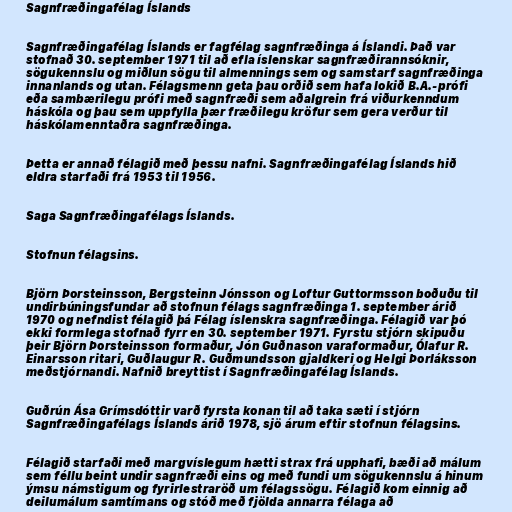
Sagnfræðingafélag Íslands

Sagnfræðingafélag Íslands er fagfélag sagnfræðinga á Íslandi. Það var
stofnað 30. september 1971 til að efla íslenskar sagnfræðirannsóknir,
sögukennslu og miðlun sögu til almennings sem og samstarf sagnfræðinga
innanlands og utan. Félagsmenn geta þau orðið sem hafa lokið B.A.-prófi
eða sambærilegu prófi með sagnfræði sem aðalgrein frá viðurkenndum
háskóla og þau sem uppfylla þær fræðilegu kröfur sem gera verður til
háskólamenntaðra sagnfræðinga.

Þetta er annað félagið með þessu nafni. Sagnfræðingafélag Íslands hið
eldra starfaði frá 1953 til 1956.

Saga Sagnfræðingafélags Íslands.

Stofnun félagsins.

Björn Þorsteinsson, Bergsteinn Jónsson og Loftur Guttormsson boðuðu til
undirbúningsfundar að stofnun félags sagnfræðinga 1. september árið
1970 og nefndist félagið þá Félag íslenskra sagnfræðinga. Félagið var þó
ekki formlega stofnað fyrr en 30. september 1971. Fyrstu stjórn skipuðu
þeir Björn Þorsteinsson formaður, Jón Guðnason varaformaður, Ólafur R.
Einarsson ritari, Guðlaugur R. Guðmundsson gjaldkeri og Helgi Þorláksson
meðstjórnandi. Nafnið breyttist í Sagnfræðingafélag Íslands.

Guðrún Ása Grímsdóttir varð fyrsta konan til að taka sæti í stjórn
Sagnfræðingafélags Íslands árið 1978, sjö árum eftir stofnun félagsins.

Félagið starfaði með margvíslegum hætti strax frá upphafi, bæði að málum
sem féllu beint undir sagnfræði eins og með fundi um sögukennslu á hinum
ýmsu námstigum og fyrirlestraröð um félagssögu. Félagið kom einnig að
deilumálum samtímans og stóð með fjölda annarra félaga að